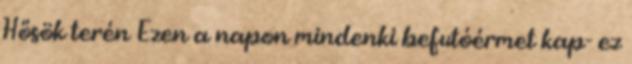
Hősök terén Ezen a napon mindenki befutóérmet kap- ez